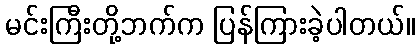
မင်းကြီးတို့ဘက်က ပြန်ကြားခဲ့ပါတယ်။